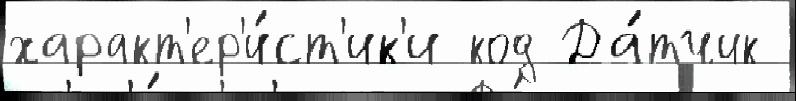
характ'ер'и́ст'ик'и код Да́тчик